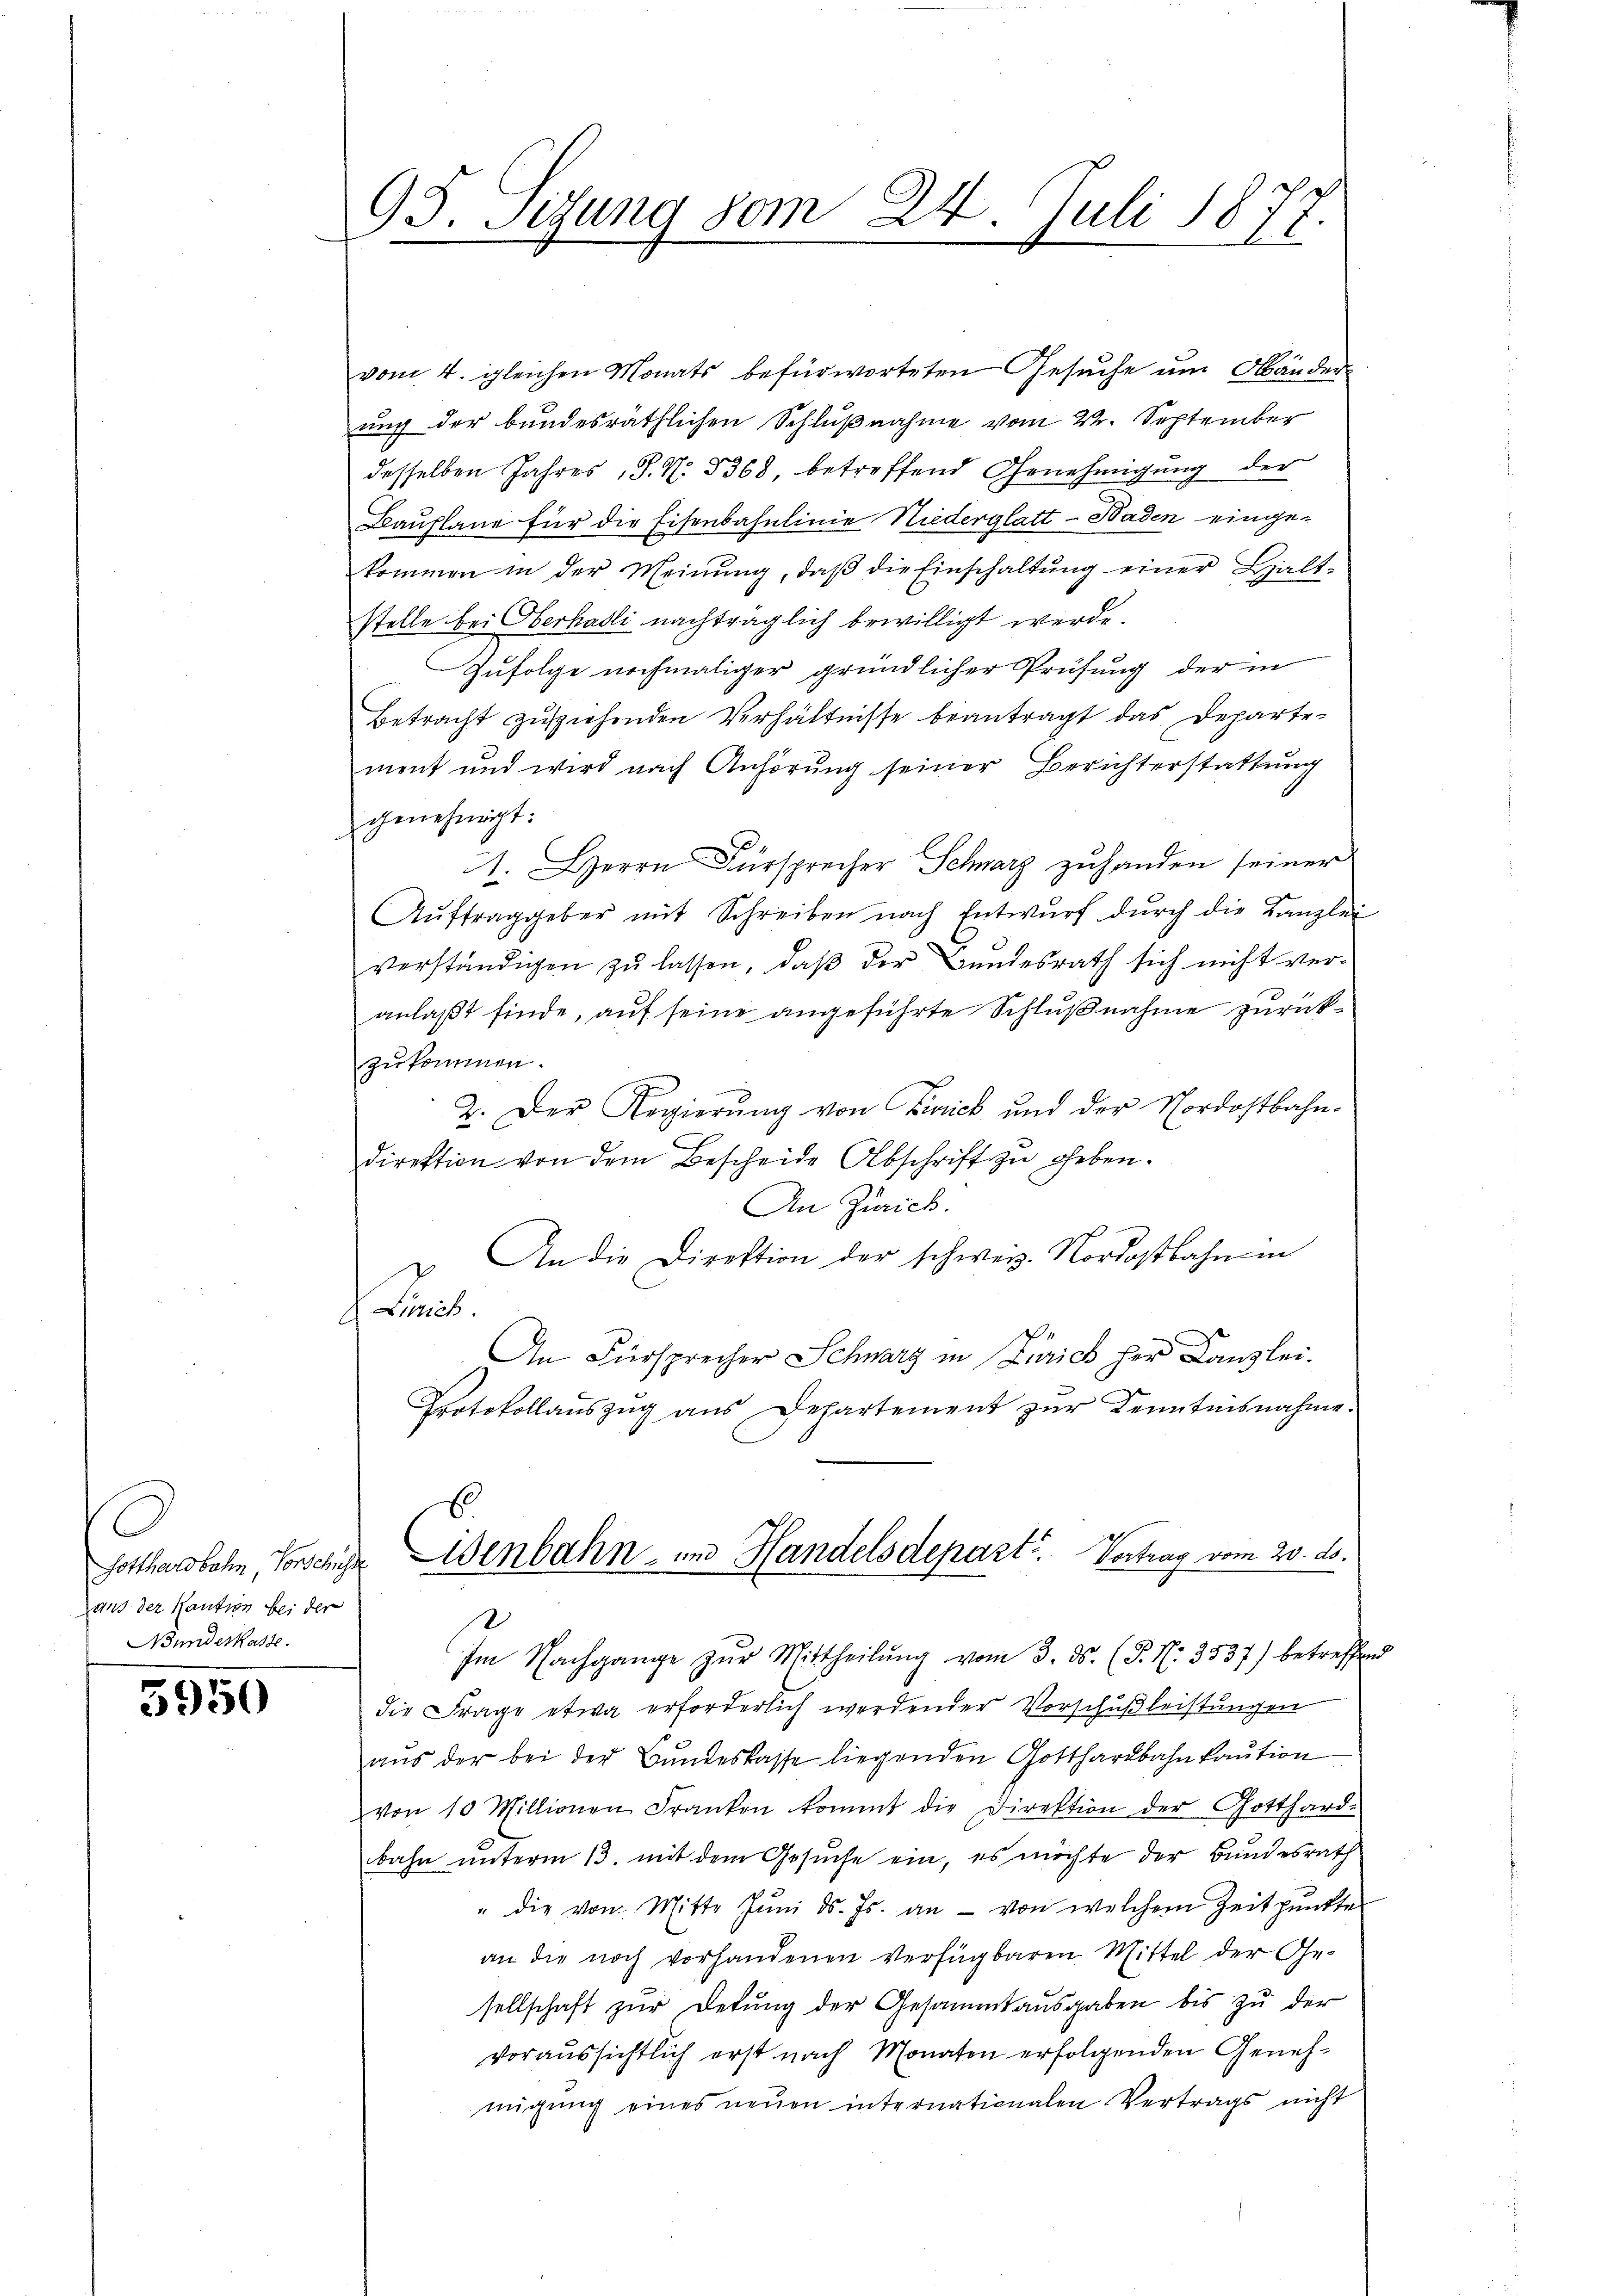
aus der Kaution bei der
Bunderkasse.

5950

93. Sitzung vom 24. Juli 1877.

vom 4. gleichen Monats befürworteten Gesuche um Abänder
uug der bundesräthlichen Schlußnahme vom 22. September
desselben Jahres, S. N. 5368, betreffend Genehmigung der
Bauplane für die Eisenbahnlinie Niederglatt - Baden einge-
kommen in der Meinŭng, daβ die Einschaltŭng einer Halt-
stelle bei Oberhasli nachträglich bewilligt werde.
Zufolge nochmaliger gründlicher Prüfung der in
Betracht zuziehenden Verhältnisse beantragt das Departement und wird nach Anhörung seiner Berichterstattung
genehmigt:
1. Herrn Fürsprecher Schwarz zŭ handen seiner
Aŭftraggeber mit Schreiben nach Entwŭrf dŭrch die Kanzlei
verständigen zu lassen, daß der Bundesrath sich nicht veranlaßt finde, auf seine angeführte Schlußnahme zurückzukommen.
2. Der Regierŭng von Zinick und der Nordostbahn-
direktion von dem Bescheide Abschrift zu geben.
An Zürich.
An die Direktion der schweiz. Nordostbahn in
 Linie
An Fürsprecher Schwarz in Zürich her Kanzlei.
Protokollauszug aus Departement zur Kenntnisnahme.
6
Gotthardbahn, Vorschige Eisenbahn- und Handelsdeparte Vortrag vom 20. ds.
.
Im Nachgange zŭr Mittheilŭng vom 3. ds. (T. N. 3537) betreffend
die Frage etwa erforderlich werdender Vorschußleistungen
aŭs der bei der Bundeskasse liegenden Gotthardbahn kaution
von 10 Millionen Franken kommt die Direktion der Gotthard-
bahn unterm 13. mit dem Gesuche ein, es möchte der Bundesrath
" die von Mitte Jŭni d. Js. an - von welchem Zeitpunkte
an die noch vorhandenen Verfügbaren Mittel der Ge-
sellschaft zur Dekŭng der Gesammtausgaben bis zu der
voraussichtlich erst nach Monaten erfolgenden Geneh-
migŭng eines neŭen internationalen Vertrags nicht